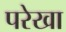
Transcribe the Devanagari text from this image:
परेखा